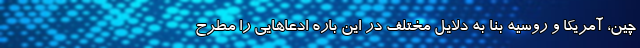
چین، آمریکا و روسیه بنا به دلایل مختلف در این باره ادعاهایی را مطرح